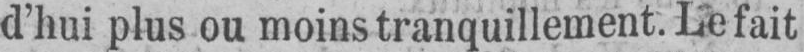
d’hui plus ou moins tranquillement. Le fait